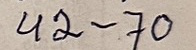
42 - 70